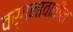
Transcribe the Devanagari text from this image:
वर्गनावातील